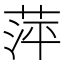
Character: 萍